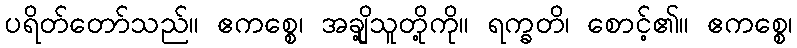
ပရိတ်တော်သည်။ ဧကစ္စေ၊ အချို့သူတို့ကို။ ရက္ခတိ၊ စောင့်၏။ ဧကစ္စေ၊